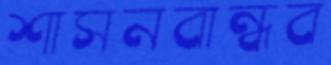
শাসনবান্ধব